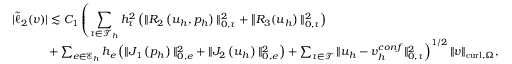
\begin{array} { r l r } { \lefteqn { | \tilde { \ell } _ { 2 } ( \boldsymbol { v } ) | \lesssim C _ { 1 } \left( \sum _ { \tau \in \mathcal { T } _ { h } } h _ { \tau } ^ { 2 } \left( \| R _ { 2 } \left( \boldsymbol { u } _ { h } , { p } _ { h } \right) \| _ { 0 , \tau } ^ { 2 } + \left\| R _ { 3 } ( \boldsymbol { u } _ { h } \right) \| _ { 0 , \tau } ^ { 2 } \right) \right. } } \\ & { } & { \left. \ \ \ + \sum _ { e \in \mathcal { E } _ { h } } h _ { e } \left( \| J _ { 1 } \left( { p } _ { h } \right) \| _ { 0 , e } ^ { 2 } + \| J _ { 2 } \left( \boldsymbol { u } _ { h } \right) \| _ { 0 , e } ^ { 2 } \right) + \sum _ { \tau \in \mathcal { T } } \| \boldsymbol { u } _ { h } - \boldsymbol { v } _ { h } ^ { c o n f } \| _ { 0 , \tau } ^ { 2 } \right) ^ { 1 / 2 } \| \boldsymbol { v } \| _ { \mathrm { c u r l } , \Omega } , } \end{array}